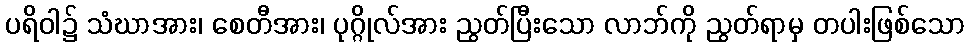
ပရိဝါ၌ သံဃာအား၊ စေတီအား၊ ပုဂ္ဂိုလ်အား ညွတ်ပြီးသော လာဘ်ကို ညွတ်ရာမှ တပါးဖြစ်သော